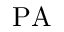
\mathrm { P A }